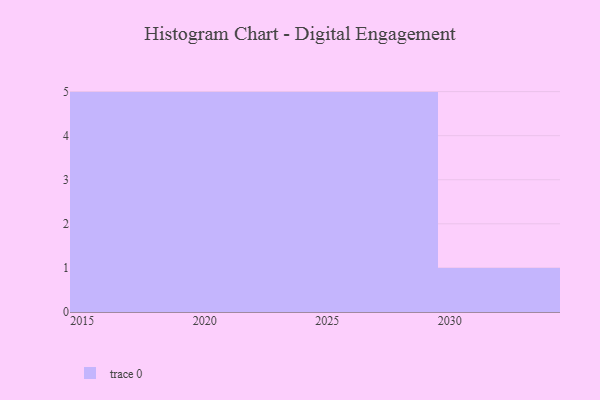
{"axis": {"x": "Year", "y": "Latency (ms)"}, "legend": [""], "data": [{"x": "2021", "y": 29, "type": ""}, {"x": "2028", "y": 97, "type": ""}, {"x": "2022", "y": 59, "type": ""}, {"x": "2030", "y": 25, "type": ""}, {"x": "2018", "y": 43, "type": ""}, {"x": "2016", "y": 29, "type": ""}, {"x": "2024", "y": 70, "type": ""}, {"x": "2017", "y": 80, "type": ""}, {"x": "2023", "y": 72, "type": ""}, {"x": "2027", "y": 84, "type": ""}, {"x": "2025", "y": 71, "type": ""}, {"x": "2015", "y": 52, "type": ""}, {"x": "2029", "y": 80, "type": ""}, {"x": "2026", "y": 61, "type": ""}, {"x": "2019", "y": 10, "type": ""}, {"x": "2020", "y": 95, "type": ""}]}